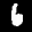
Label: 6